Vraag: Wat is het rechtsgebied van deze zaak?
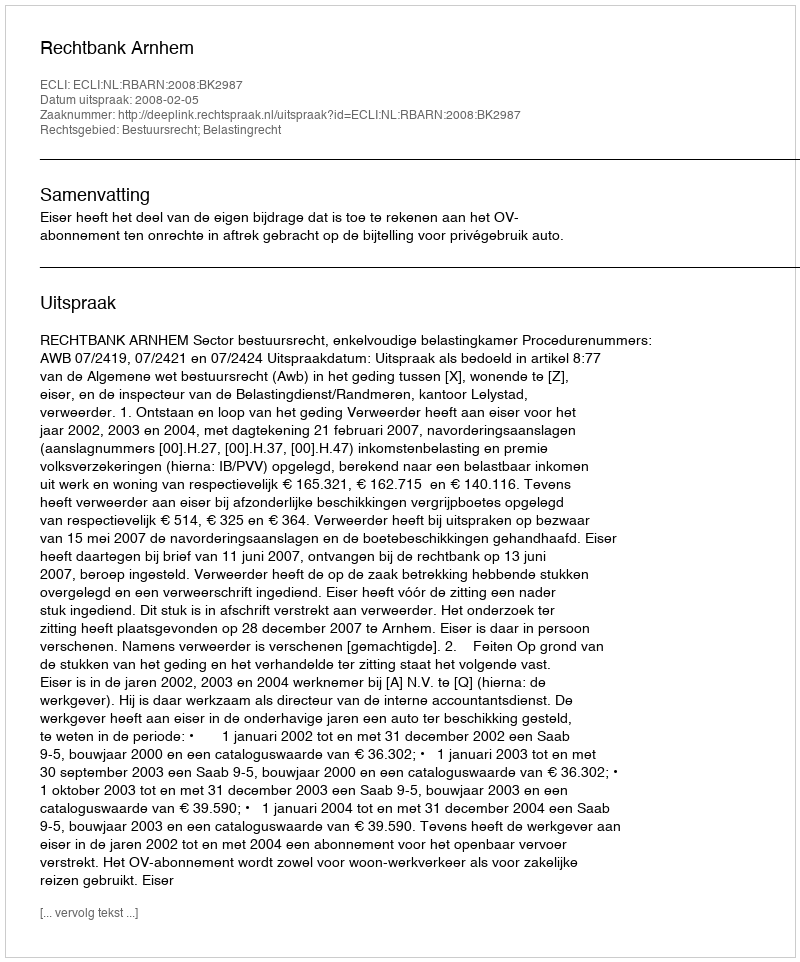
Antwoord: Bestuursrecht; Belastingrecht